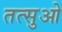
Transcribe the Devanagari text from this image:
तत्सुओ